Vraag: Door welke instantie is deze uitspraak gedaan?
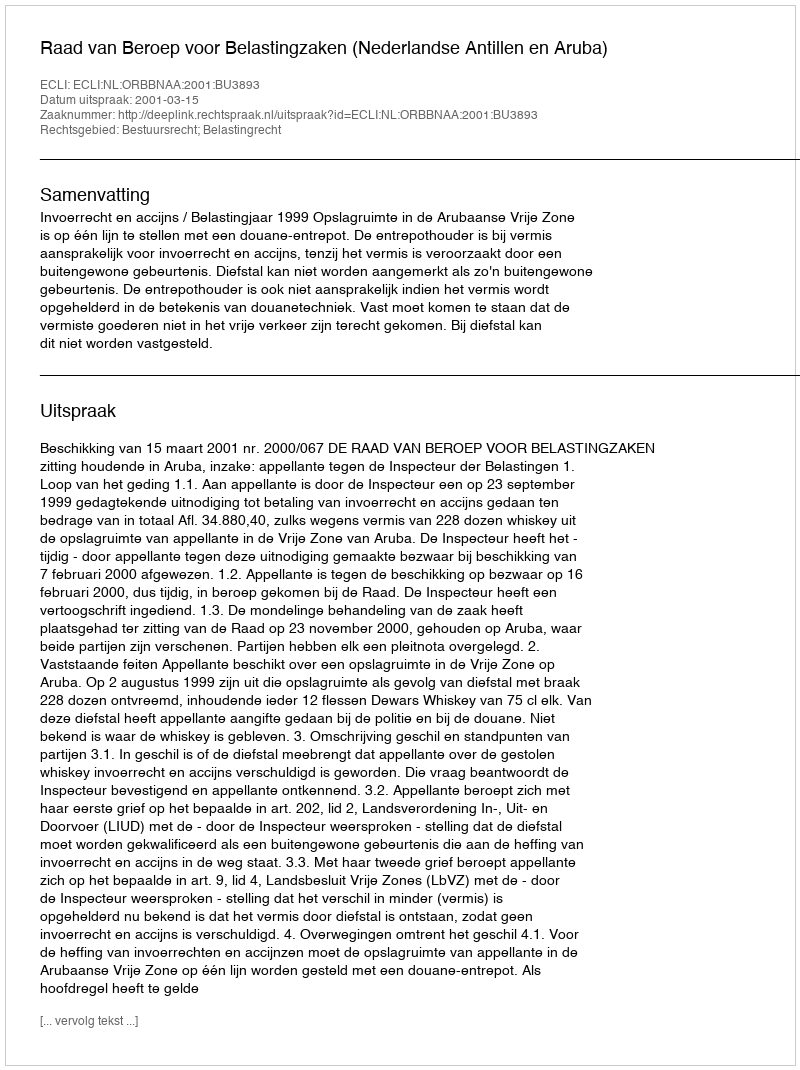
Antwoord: Raad van Beroep voor Belastingzaken (Nederlandse Antillen en Aruba)